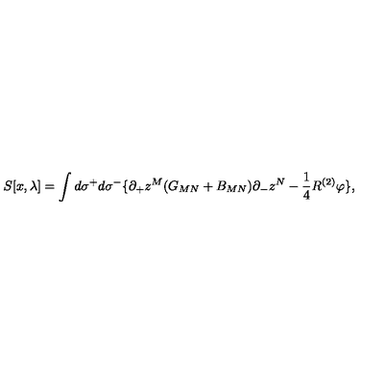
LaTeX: S [ x , \lambda ] = \int d \sigma ^ { + } d \sigma ^ { - } \{ \partial _ { + } z ^ { M } ( G _ { M N } + B _ { M N } ) \partial _ { - } z ^ { N } - \frac { 1 } { 4 } R ^ { \left( 2 \right) } \varphi \} ,